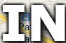
IN